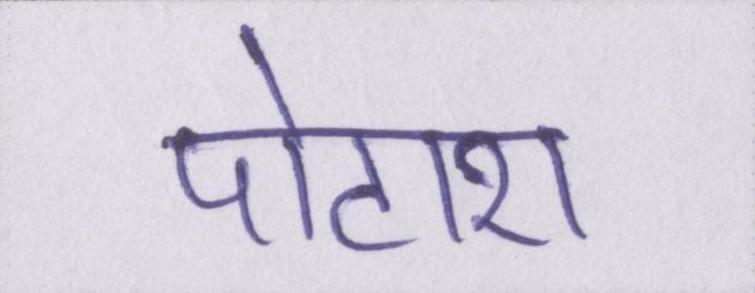
पोटाश